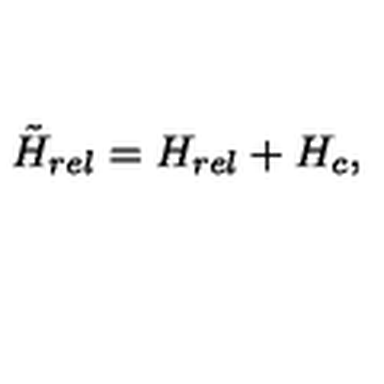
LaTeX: \tilde { H } _ { r e l } = H _ { r e l } + H _ { c } ,